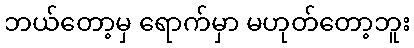
ဘယ်တော့မှ ရောက်မှာ မဟုတ်တော့ဘူး